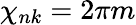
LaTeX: \chi_{nk}=2\pi m